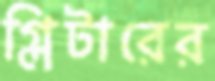
গ্লিটারের